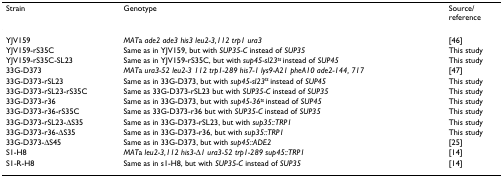
| Strain | Genotype | Source/reference |
 | --- | --- | --- |
 | YJV159 | MATa ade2 ade3 his3 leu2-3,112 trp1 ura3 | [46] |
 | YJV159-rS35C | Same as in YJV159, but with SUP35-C instead of SUP35 | This study |
 | YJV159-rS35C-SL23 | Same as in YJV159-rS35C, but with sup45-sl23ts instead of SUP45 | This study |
 | 33G-D373 | MATa ura3-52 leu2-3 112 trp1-289 his7-1 lys9-A21 pheA10 ade2-144, 717 | [47] |
 | 33G-D373-rSL23 | Same as in 33G-D373, but with sup45-sl23ts instead of SUP45 | This study |
 | 33G-D373-rSL23-rS35C | Same as 33G-D373-rSL23 but with SUP35-C instead of SUP35 | This study |
 | 33G-D373-r36 | Same as in 33G-D373, but with sup45-36ts instead of SUP45 | This study |
 | 33G-D373-r36-rS35C | Same as 33G-D373-r36 but with SUP35-C instead of SUP35 | This study |
 | 33G-D373-rSL23-ΔS35 | Same as in 33G-D373-rSL23, but with sup35::TRP1 | This study |
 | 33G-D373-r36-ΔS35 | Same as in 33G-D373-r36, but with sup35::TRP1 | This study |
 | 33G-D373-ΔS45 | Same as in 33G-D373, but with sup45::ADE2 | [25] |
 | S1-H8 | MATa leu2-3,112 his3-Δ1 ura3-52 trp1-289 sup45::TRP1 | [14] |
 | S1-R-H8 | Same as in s1-H8, but with SUP35-C instead of SUP35 | [14] |